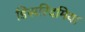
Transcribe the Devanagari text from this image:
डिसरिदमिया